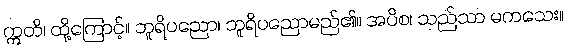
ဣတိ၊ ထို့ကြောင့်။ ဘူရိပညော၊ ဘူရိပညောမည်၏။ အပိစ၊ သည်သာ မကသေး။